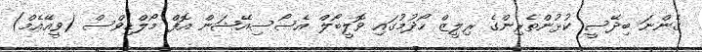
ގެންނަ ބިދޭސީ ކުޅުންތެރިންގެ ރިލީޒް ހޯދުމުގައި ވޮލީބޯލް އެސޯސިއޭޝަން އޮފް މޯލްޑިވްސް (ވީއޭއެމް)